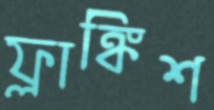
ফ্রাঙ্কিশ